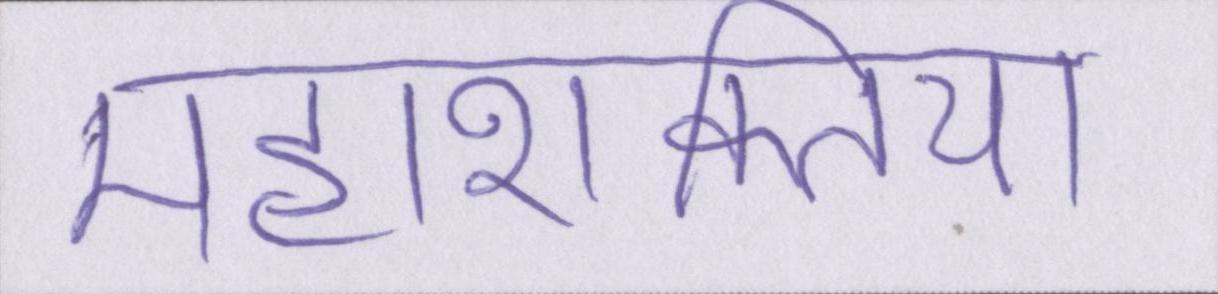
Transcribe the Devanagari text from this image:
महाशक्तियां